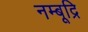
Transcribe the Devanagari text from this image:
नम्बूद्रि